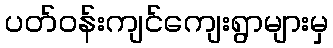
ပတ်ဝန်းကျင်ကျေးရွာများမှ